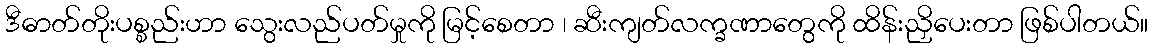
ဒီဓာတ်တိုးပစ္စည်းဟာ သွေးလည်ပတ်မှုကို မြင့်စေတာ ၊ ဆီးကျတ်လက္ခဏာတွေကို ထိန်းညှိပေးတာ ဖြစ်ပါတယ်။